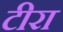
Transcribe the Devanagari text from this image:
टीरा